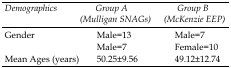
<table><thead><tr><td><b>Demographics</b></td><td><b>Group A (Mulligan SNAGs)</b></td><td><b>Group B (McKenzie EEP)</b></td></tr></thead><tbody><tr><td rowspan="2">Gender</td><td>Male=13</td><td>Male=7</td></tr><tr><td>Male=7</td><td>Female=10</td></tr><tr><td>Mean Ages (years)</td><td>50.25±9.56</td><td>49.12±12.74</td></tr></tbody></table>